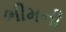
ભીમની